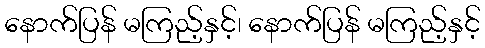
နောက်ပြန် မကြည့်နှင့်၊ နောက်ပြန် မကြည့်နှင့်